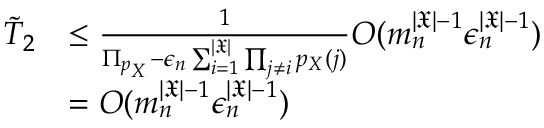
\begin{array} { r l } { \tilde { T } _ { 2 } } & { \le \frac { 1 } { \Pi _ { p _ { X } } - \epsilon _ { n } \sum _ { i = 1 } ^ { | \mathfrak { X } | } \prod _ { j \neq i } p _ { X } ( j ) } O ( m _ { n } ^ { | \mathfrak { X } | - 1 } \epsilon _ { n } ^ { | \mathfrak { X } | - 1 } ) } \\ & { = O ( m _ { n } ^ { | \mathfrak { X } | - 1 } \epsilon _ { n } ^ { | \mathfrak { X } | - 1 } ) } \end{array}